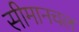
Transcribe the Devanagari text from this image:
सीमानचल